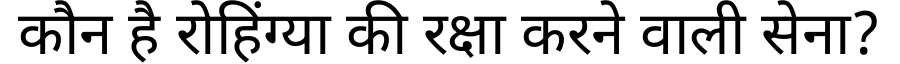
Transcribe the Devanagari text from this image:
कौन है रोहिंग्या की रक्षा करने वाली सेना?